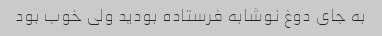
به جای دوغ نوشابه فرستاده بودید ولی خوب بود